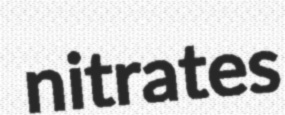
nitrates